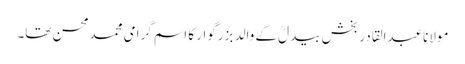
مولاناعبدالقادر بخش بیدلؒ کے والد بزرگوار کا اسم گرامی محمدمحسن تھا۔